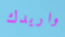
واريدك